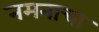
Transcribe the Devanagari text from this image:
नमनाचा